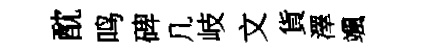
酖鸣碑几岐文貨澤颯